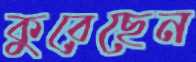
কুরেছেন